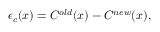
\epsilon _ { c } ( x ) = C ^ { o l d } ( x ) - C ^ { n e w } ( x ) ,